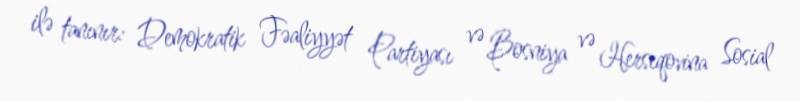
ilə tanınır: Demokratik Fəaliyyət Partiyası və Bosniya və Herseqovina Sosial